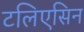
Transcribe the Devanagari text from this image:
टलिएसिन